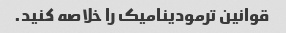
قوانین ترمودینامیک را خلاصه کنید.